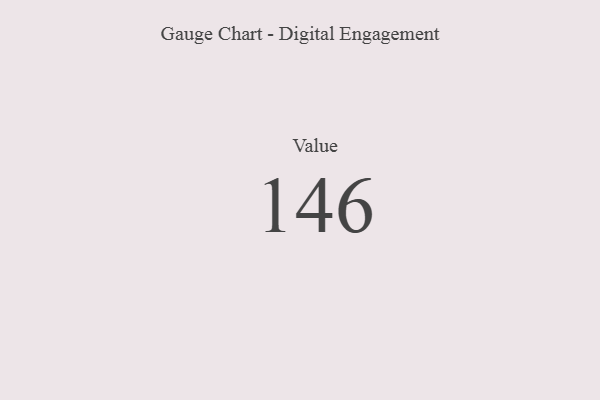
{"axis": {"x": "Metric", "y": "Value"}, "legend": [""], "data": [{"x": "Value", "y": 146, "type": ""}]}